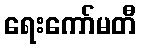
ရေးကော်မတီ